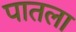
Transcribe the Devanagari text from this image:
पातला